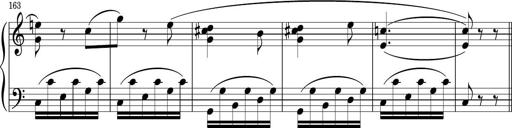
Title: Sonatina PandemÃ³nium
Composer: VÃ­ctor Carbajo
Key: C major